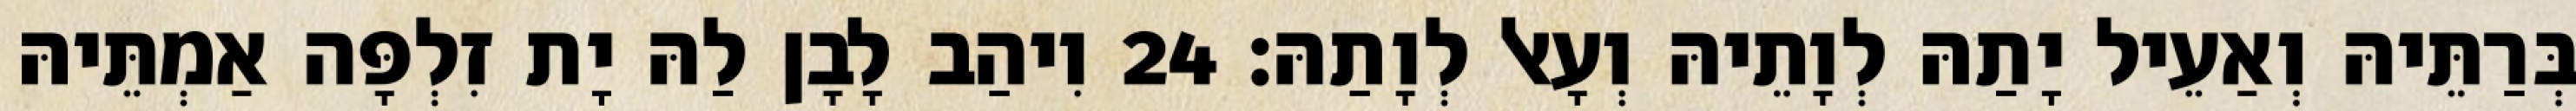
בְּרַתֵּיהּ וְאַעֵיל יָתַהּ לְוָתֵיהּ וְעָאל לְוָתַהּ׃ 24 וִיהַב לָבָן לַהּ יָת זִלְפָּה אַמְתֵּיהּ